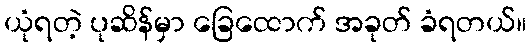
ယုံရတဲ့ ပုဆိန်မှာ ခြေထောက် အခုတ် ခံရတယ်။